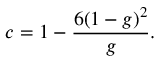
c = 1 - \frac { 6 ( 1 - g ) ^ { 2 } } { g } .